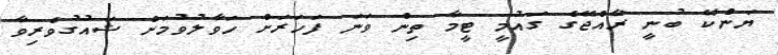
ޔަންކޭ ބުނީ ރާއްޖޭގެ ގައުމީ ޓީމާ ތިން ވަނަ ފަހަރަށް ހަވާލުވުމަށް ޝައުގުވެރިވާ